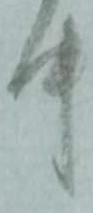
中